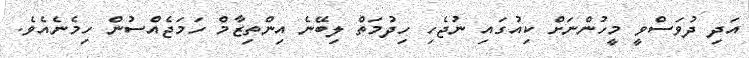
އަދި ދުވަސްވީ މީހުންނަށް ކިއުގައި ނުޖެހި ހިދުމަތް ލިބޭނެ އިންތިޒާމް ހަމަޖެއްސުން ހިމެނެއެވެ.